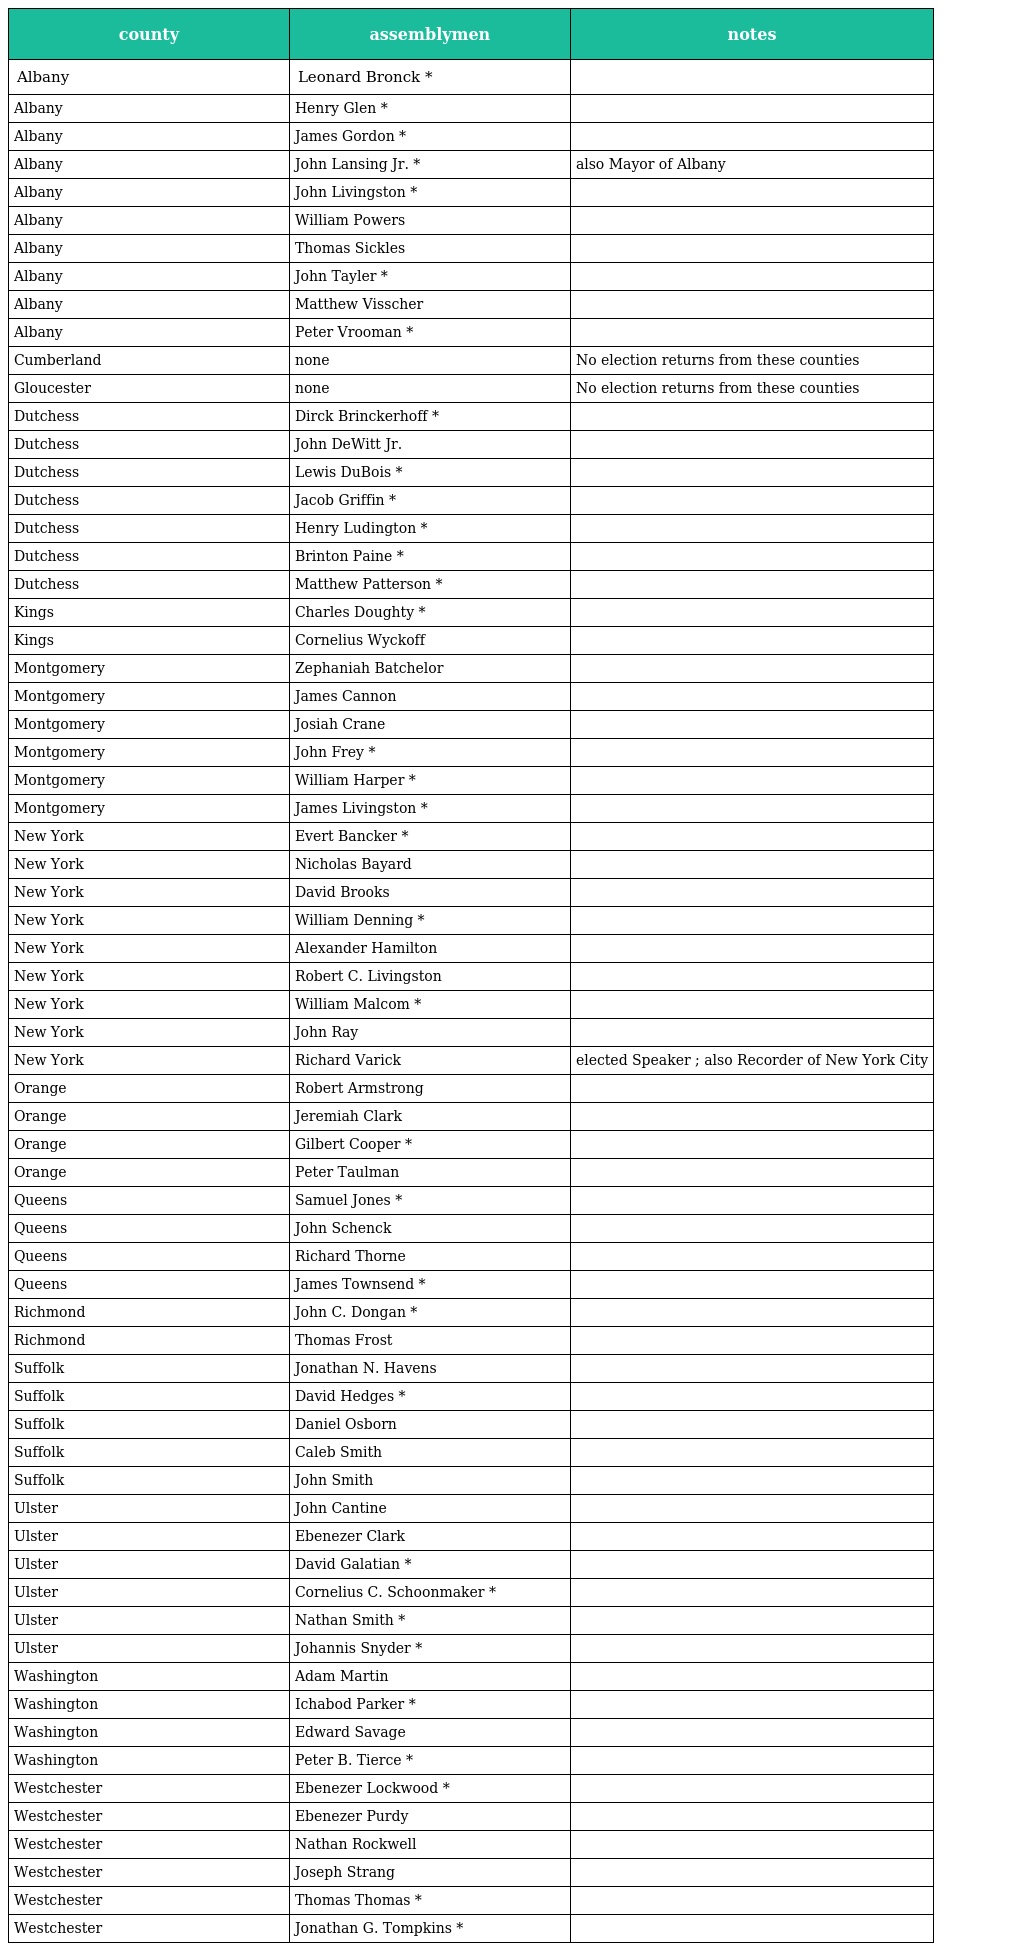
| county | assemblymen | notes |
 | --- | --- | --- |
 | Albany | Leonard Bronck * |  |
 | Albany | Henry Glen * |  |
 | Albany | James Gordon * |  |
 | Albany | John Lansing Jr. * | also Mayor of Albany |
 | Albany | John Livingston * |  |
 | Albany | William Powers |  |
 | Albany | Thomas Sickles |  |
 | Albany | John Tayler * |  |
 | Albany | Matthew Visscher |  |
 | Albany | Peter Vrooman * |  |
 | Cumberland | none | No election returns from these counties |
 | Gloucester | none | No election returns from these counties |
 | Dutchess | Dirck Brinckerhoff * |  |
 | Dutchess | John DeWitt Jr. |  |
 | Dutchess | Lewis DuBois * |  |
 | Dutchess | Jacob Griffin * |  |
 | Dutchess | Henry Ludington * |  |
 | Dutchess | Brinton Paine * |  |
 | Dutchess | Matthew Patterson * |  |
 | Kings | Charles Doughty * |  |
 | Kings | Cornelius Wyckoff |  |
 | Montgomery | Zephaniah Batchelor |  |
 | Montgomery | James Cannon |  |
 | Montgomery | Josiah Crane |  |
 | Montgomery | John Frey * |  |
 | Montgomery | William Harper * |  |
 | Montgomery | James Livingston * |  |
 | New York | Evert Bancker * |  |
 | New York | Nicholas Bayard |  |
 | New York | David Brooks |  |
 | New York | William Denning * |  |
 | New York | Alexander Hamilton |  |
 | New York | Robert C. Livingston |  |
 | New York | William Malcom * |  |
 | New York | John Ray |  |
 | New York | Richard Varick | elected Speaker ; also Recorder of New York City |
 | Orange | Robert Armstrong |  |
 | Orange | Jeremiah Clark |  |
 | Orange | Gilbert Cooper * |  |
 | Orange | Peter Taulman |  |
 | Queens | Samuel Jones * |  |
 | Queens | John Schenck |  |
 | Queens | Richard Thorne |  |
 | Queens | James Townsend * |  |
 | Richmond | John C. Dongan * |  |
 | Richmond | Thomas Frost |  |
 | Suffolk | Jonathan N. Havens |  |
 | Suffolk | David Hedges * |  |
 | Suffolk | Daniel Osborn |  |
 | Suffolk | Caleb Smith |  |
 | Suffolk | John Smith |  |
 | Ulster | John Cantine |  |
 | Ulster | Ebenezer Clark |  |
 | Ulster | David Galatian * |  |
 | Ulster | Cornelius C. Schoonmaker * |  |
 | Ulster | Nathan Smith * |  |
 | Ulster | Johannis Snyder * |  |
 | Washington | Adam Martin |  |
 | Washington | Ichabod Parker * |  |
 | Washington | Edward Savage |  |
 | Washington | Peter B. Tierce * |  |
 | Westchester | Ebenezer Lockwood * |  |
 | Westchester | Ebenezer Purdy |  |
 | Westchester | Nathan Rockwell |  |
 | Westchester | Joseph Strang |  |
 | Westchester | Thomas Thomas * |  |
 | Westchester | Jonathan G. Tompkins * |  |